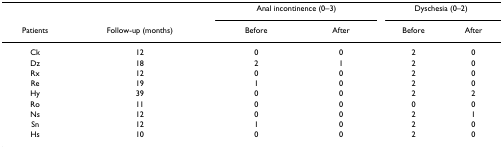
|  |  | <COLSPAN=2> Anal incontinence (0–3) | <COLSPAN=2> Dyschesia (0–2) |
 | Patients | Follow-up (months) | Before | After | Before | After |
 | --- | --- | --- | --- | --- | --- |
 | Ck | 12 | 0 | 0 | 2 | 0 |
 | Dz | 18 | 2 | 1 | 2 | 0 |
 | Rx | 12 | 0 | 0 | 2 | 0 |
 | Re | 19 | 1 | 0 | 2 | 0 |
 | Hy | 39 | 0 | 0 | 2 | 2 |
 | Ro | 11 | 0 | 0 | 0 | 0 |
 | Ns | 12 | 0 | 0 | 2 | 1 |
 | Sn | 12 | 1 | 0 | 2 | 0 |
 | Hs | 10 | 0 | 0 | 2 | 0 |